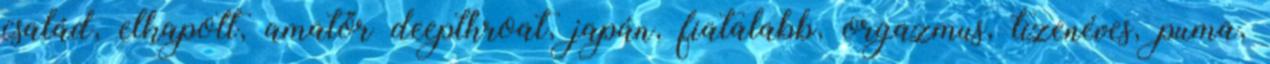
család, elkapott, amatőr deepthroat, japán, fiatalabb, orgazmus, tizenéves, puma,